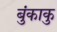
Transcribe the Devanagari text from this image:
बुंकाकु